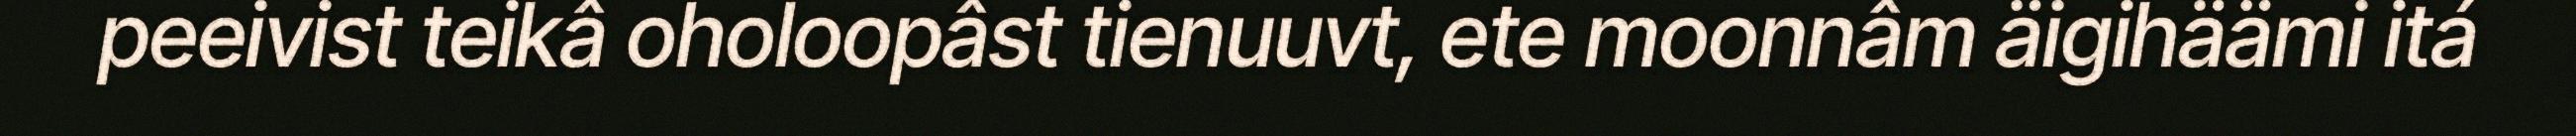
peeivist teikâ oholoopâst tienuuvt, ete moonnâm äigihäämi itá